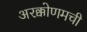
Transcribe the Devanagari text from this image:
अरक्कोणमची